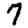
Digit: 7